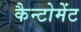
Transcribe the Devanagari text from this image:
कैन्‍टोमेंट